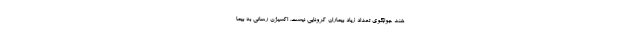
هند جوابگوی تعداد زیاد بیماران کرونایی نیست. اکسیژن رسانی به بیما